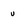
Character: u